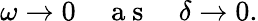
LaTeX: \omega\rightarrow 0\quad\mathrm{~a~s~}\quad\delta\rightarrow 0.